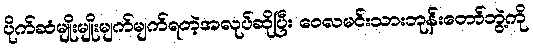
ပိုက်ဆံမျိုးမျိုးမျက်မျက်ရတဲ့အလုပ်ဆိုပြီး ဝေလမင်းသားဘုန်းတော်ဘွဲ့ကို